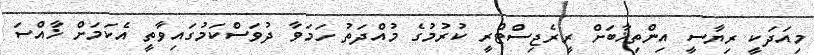
މިއަދަކީ ރިޔާސީ އިންތިޚާބަށް ރީރެޖިސްޓްރީ ކުރުމުގެ މުއްދަތު ހަމަވާ ދުވަސްކަމުގައިވާތީ އެކަމަށް ޚާއްސަ